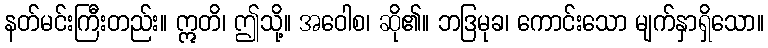
နတ်မင်းကြီးတည်း။ ဣတိ၊ ဤသို့။ အဝေါစ၊ ဆို၏။ ဘဒြမုခ၊ ကောင်းသော မျက်နှာရှိသော။